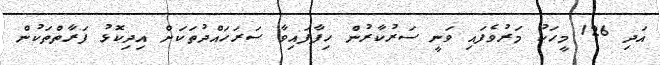
އަދި 126 މީހަކު މަރުވެފައި ވަނީ ސަރުކާރުން ހިފާފައިވާ ސަރަހައްދުތަކަށް އިދިކޮޅު ފަރާތްތަކުން